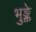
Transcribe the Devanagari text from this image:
भुङ्क्ते